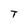
Character: T